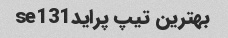
بهترین تیپ پرایدse131